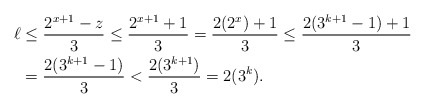
\begin{align*}\ell &\leq \frac{2^{x + 1} - z}{3} \leq \frac{2^{x + 1} + 1}{3} = \frac{2(2^x) + 1}{3} \leq \frac{2(3^{k + 1} - 1) + 1}{3}\\&= \frac{2(3^{k + 1} - 1)}{3} < \frac{2(3^{k + 1})}{3} = 2(3^k).\end{align*}